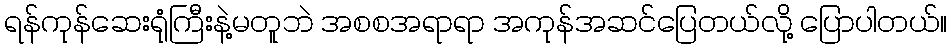
ရန်ကုန်ဆေးရုံကြီးနဲ့မတူဘဲ အစစအရာရာ အကုန်အဆင်ပြေတယ်လို့ ပြောပါတယ်။